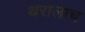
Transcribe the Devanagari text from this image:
थरालाच